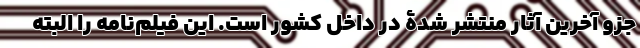
جزو آخرین آثار منتشر شدۀ در داخل کشور است. اين فيلم‌نامه را البته